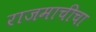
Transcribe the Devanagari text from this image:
राजमाचीचा